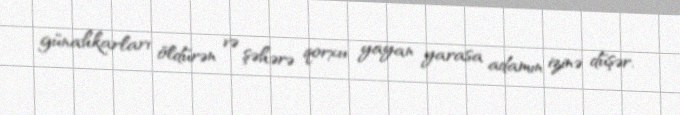
günahkarları öldürən və şəhərə qorxu yayan yarasa adamın izinə düşər.